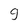
Character: g